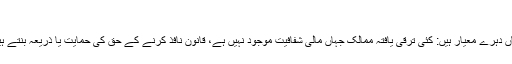
‘
یہاں دہرے معیار ہیں: کئی ترقی یافتہ ممالک جہاں مالی شفافیت موجود نہیں ہے، قانون نافذ کرنے کے حق کی حمایت یا ذریعہ بنتے ہیں۔